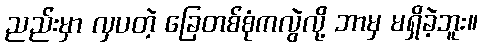
ညည်းမှာ လှပတဲ့ ခြေတစ်စုံကလွဲလို့ ဘာမှ မရှိခဲ့ဘူး။